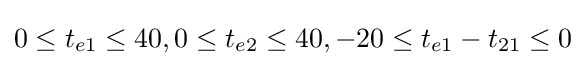
0\leq t_{e1}\leq 40,0\leq t_{e2}\leq 40,-20\leq t_{e1}-t_{21}\leq 0